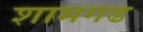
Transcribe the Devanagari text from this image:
शामगढ